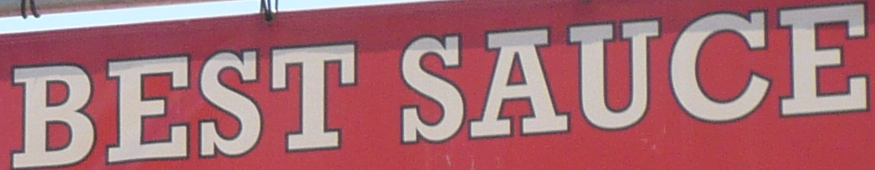
BEST SAUCE